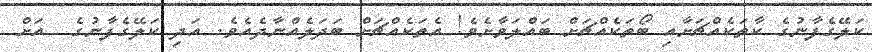
ކަލޭގެފާނުގެ ކާތަކެއްޗަށާއި ބޯތަކެއްޗަށް ބައްލަވާށެވެ! އެތަކެއްޗަށް ބަދަލެއްނާދެއެވެ. އަދި ކަލޭގެފާނުގެ  އަށް